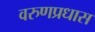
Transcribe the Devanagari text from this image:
वरुणप्रधास